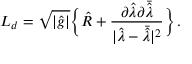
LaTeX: { \cal L } _ { d } = \sqrt { | \hat { g } | } \bigg \{ { \hat { R } } + { \frac { \partial { \hat { \lambda } } \partial \bar { \hat { \lambda } } } { | { \hat { \lambda } } - \bar { \hat { \lambda } } | ^ { 2 } } } \bigg \} \, .